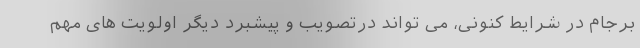
برجام در شرایط کنونی، می تواند درتصویب و پیشبرد دیگر اولویت های مهم